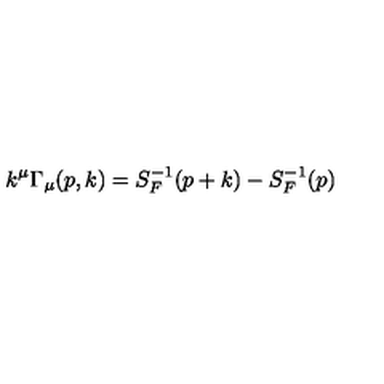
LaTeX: k ^ { \mu } \Gamma _ { \mu } ( p , k ) = S _ { F } ^ { - 1 } ( p + k ) - S _ { F } ^ { - 1 } ( p )